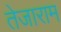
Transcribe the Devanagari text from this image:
तेजाराम